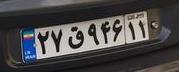
۲۷ق۹۴۶۱۱